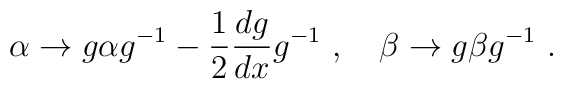
\alpha\to g\alpha g^{-1}- \frac12 \frac{dg}{dx}g^{-1}\ ,\quad\beta\to g \beta g^{-1}\ .